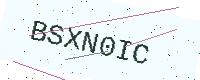
Text: BSXN0IC